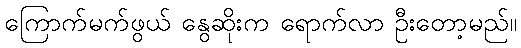
ကြောက်မက်ဖွယ် နွေဆိုးက ရောက်လာ ဦးတော့မည်။